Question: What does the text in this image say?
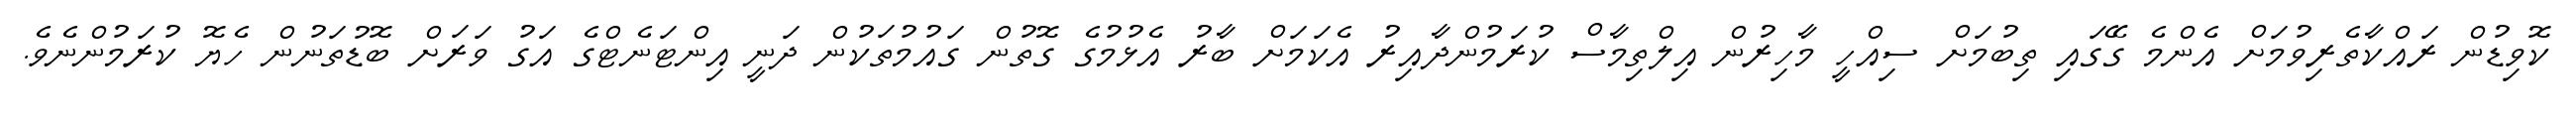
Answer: ކޮވިޑުން ރައްކާތެރިވުމަށް އެންމެ ގޭގައި ތިބުމަށް ސިއްހީ މާހިރުން އިލްތިމާސް ކުރަމުންދާއިރު އެކަމަށް ބާރު އެޅުމުގެ ގޮތުން ގައުމުތަކުން ދަނީ އިންޓަނެޓްގެ އަގު ވަރަށް ބޮޑުތަނުން ހެޔޮ ކުރަމުންނެވެ.